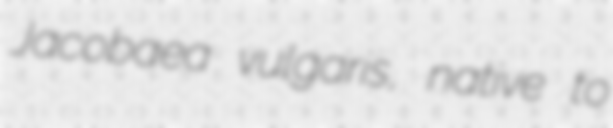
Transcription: Jacobaea vulgaris, native to